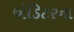
એડિટરના